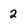
Character: 2